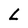
Character: L